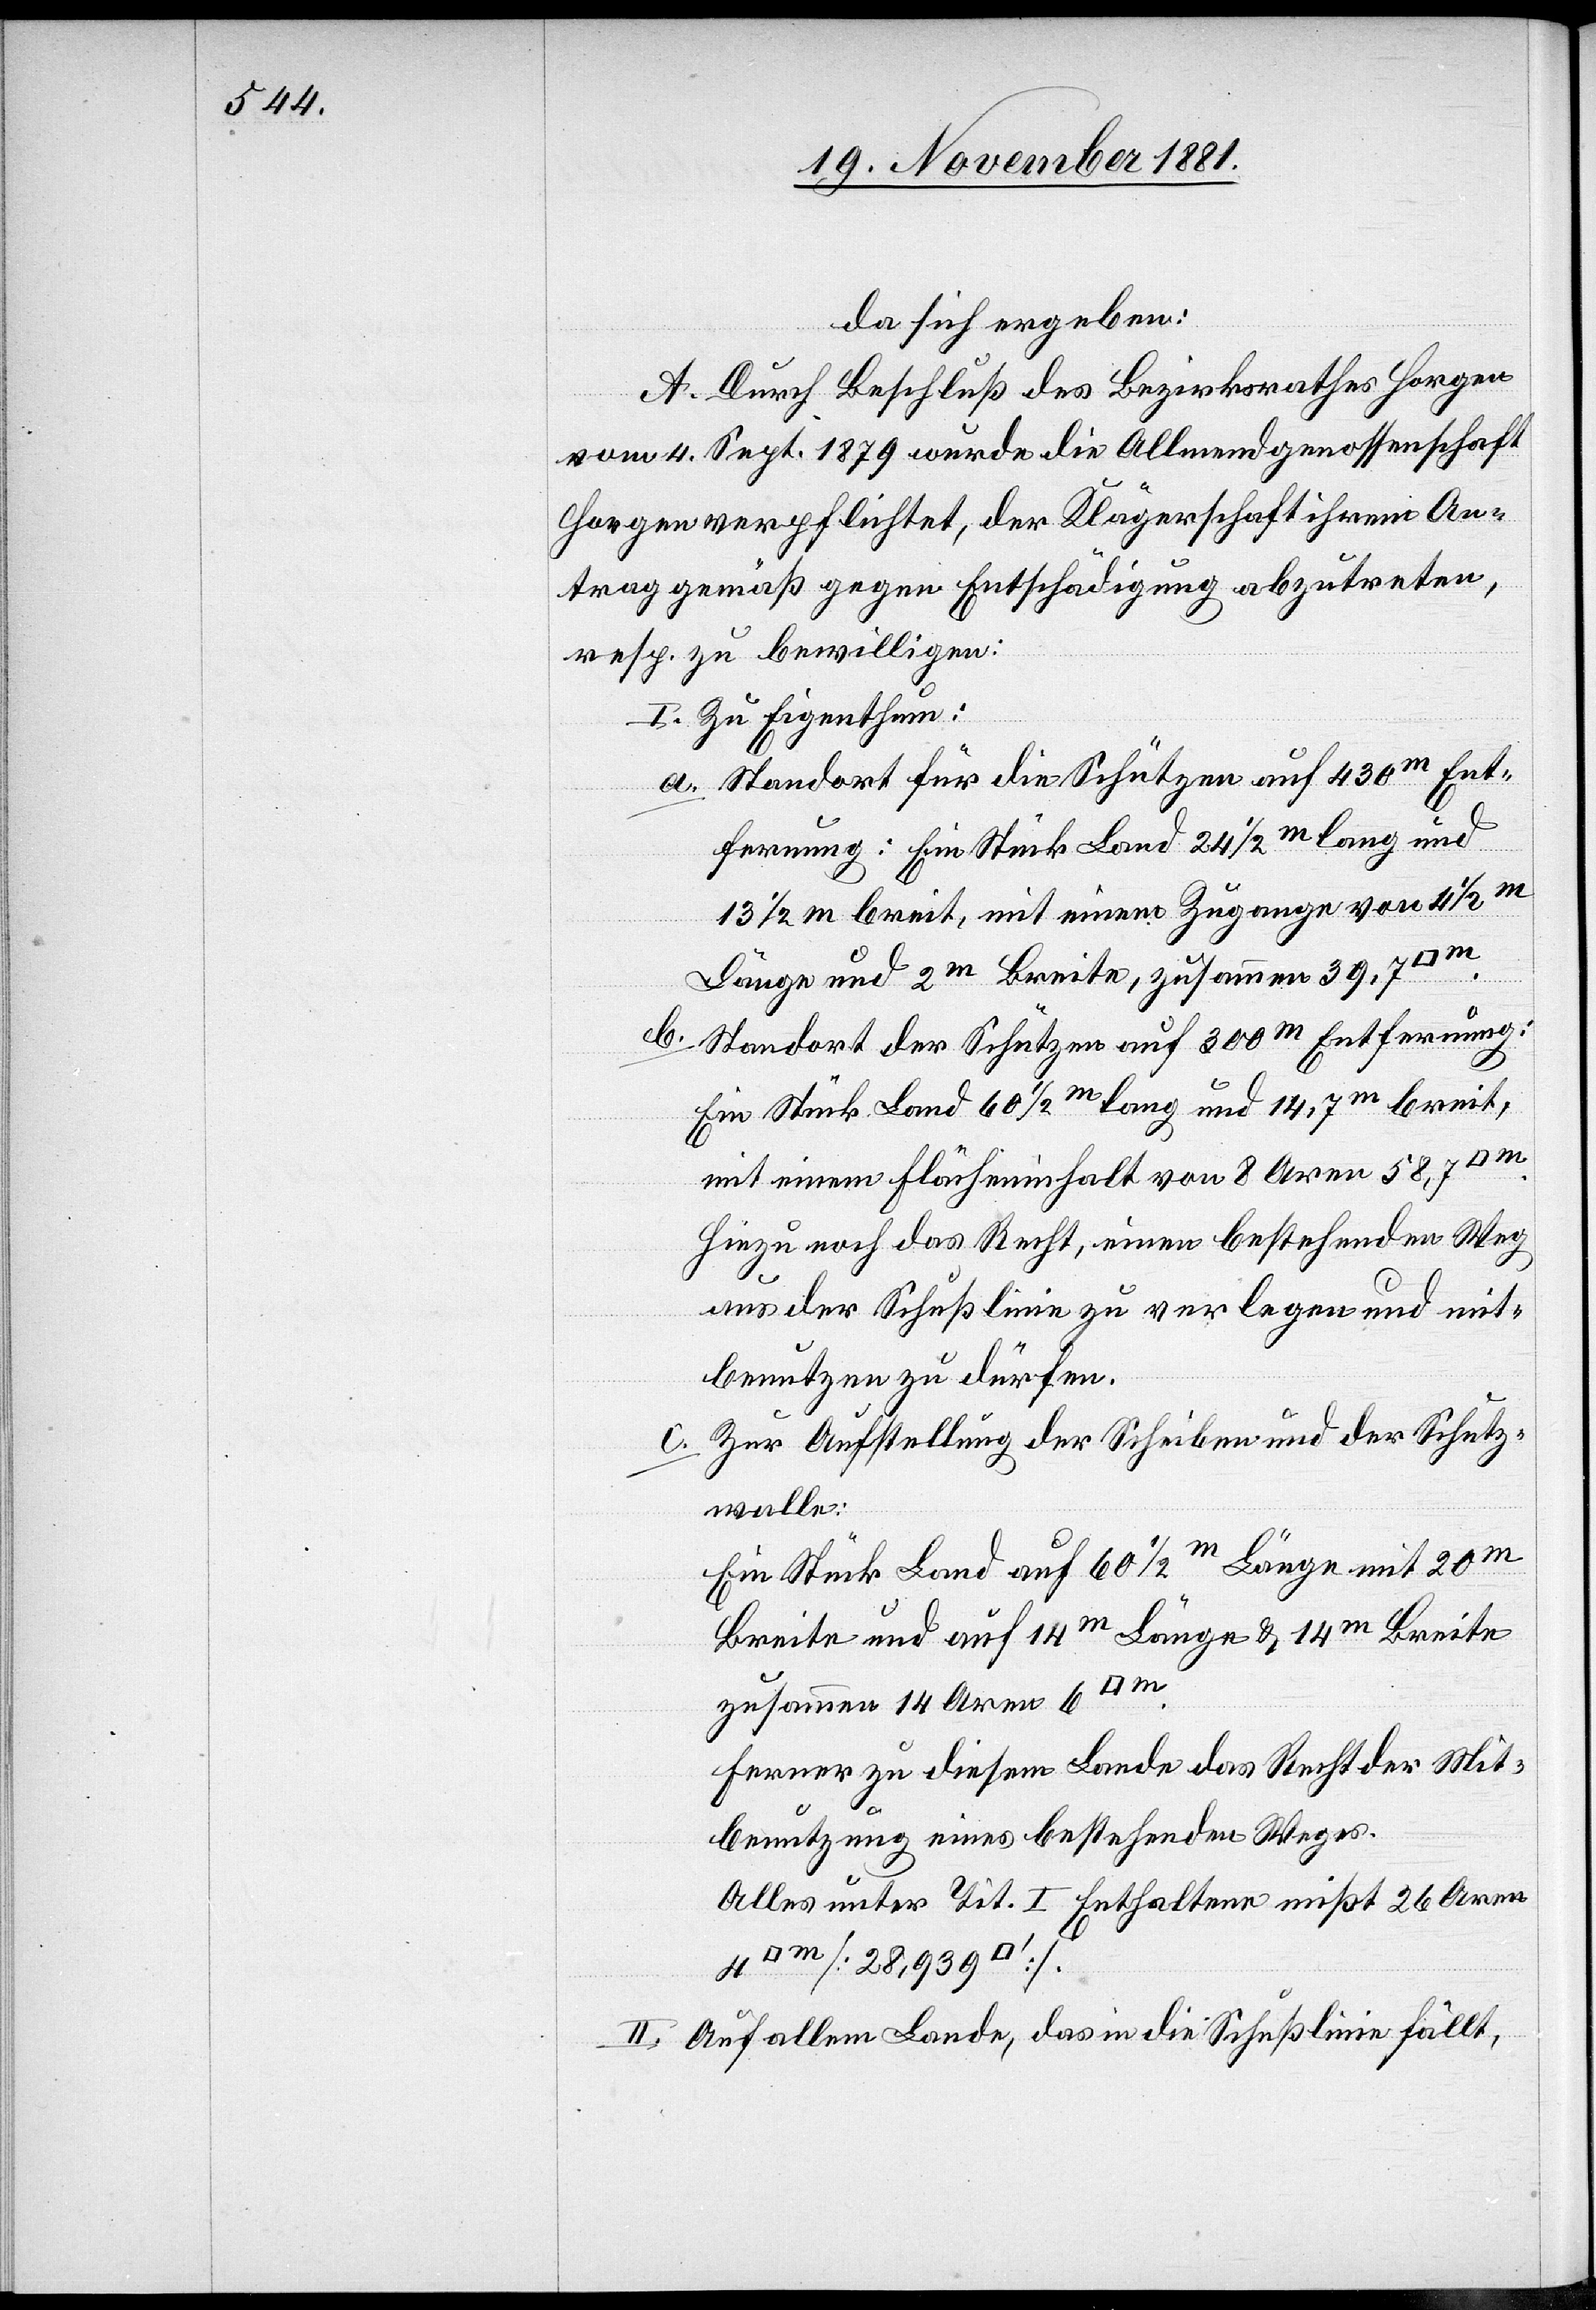
da sich ergeben:
A. Durch Beschluß des Bezirksrathes Horgen
vom 4. Sept. 1879 wurde die Allmendgenossenschaft
Horgen verpflichtet, der Klägerschaft ihrem An¬
trag gemäß gegen Entschädigung abzutreten,
resp. zu bewilligen:
I. Zu Eigenthum:
a. Standort für die Schützen auf 430m Ent¬
fernung: Ein Stück Land 24 1/2m lang und
13 1/2 m breit, mit einem Zugange von 4 1/2m
Länge und 2m Breite, zusammen 39,7
b. Standort der Schützen auf 300m Entfernung:
Ein Stück Land 60 1/2m lang und 14,7m breit,
mit einem Flächeninhalt von 8 Aren 58,7
Hinzu noch das Recht, einen bestehenden Weg
aus der Schußlinie zu verlegen und mit¬
benutzen zu dürfen.
c. Zur Aufstellung der Scheiben und der Schutz¬
walle:
Ein Stück Land auf 60 1/2m Länge mit 20m
Breite und auf 14m Länge & 14m Breite
zusammen 14 Aren 6
Ferner zu diesem Lande das Recht der Mit¬
benutzung eines bestehenden Weges.
Alles unter Tit. I Enthaltene mißt 26 Aren
II. Auf allem Lande, das in die Schußlinie fällt,